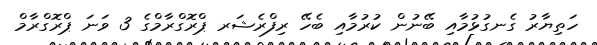
ހަތިޔާރު ގެނގުޅުމާއި ބޭނުން ކުރުމާއި ބެހޭ ރިފްރެޝަރ ޕްރޮގްރާމްގެ 3 ވަނަ ޕްރޮގްރާމް